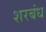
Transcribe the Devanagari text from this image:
शरबंध